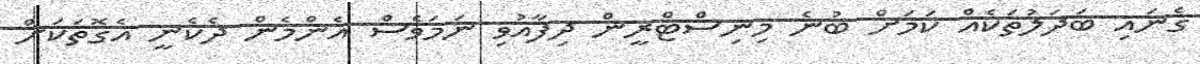
ގެނައި ބަދަލުތަކެއް ކަމަށް ބުނެ މިނިސްޓްރީން ދިފާއުވި ނަމަވެސް އެންމެން ދެކެނީ އެގޮތަކަށް